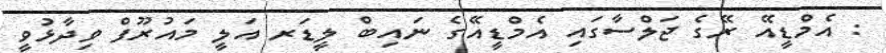
: އެމްޑީއޭ ރޭގެ ޖަލްސާގައި އެމްޑީއޭގެ ނައިބް ލީޑަރ އަލީ މައުރޫފް ވިދާޅުވީ